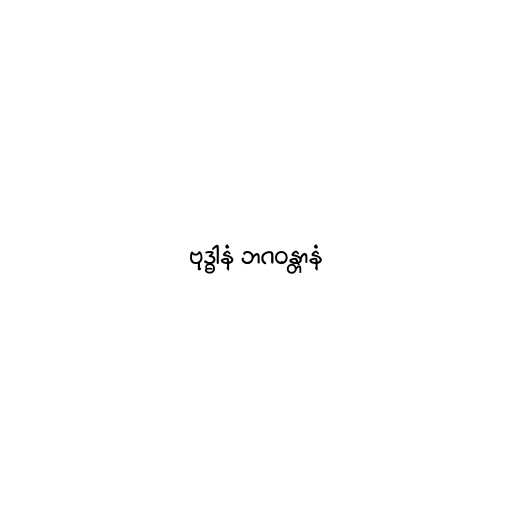
ဗုဒ္ဓါနံ ဘဂဝန္တာနံ